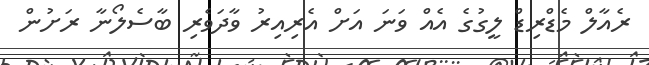
ރެއާލް މެޑްރިޑް ލީގުގެ އެއް ވަނަ އަށް އެރިއިރު ވާދަވެރި ބާސެލޯނާ ރަށުން